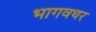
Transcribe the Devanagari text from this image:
भागवथर